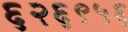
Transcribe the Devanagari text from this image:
६२६९५६